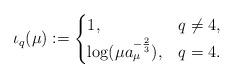
LaTeX: \begin{align*}\iota_q(\mu):=\begin{cases}1, & q \neq 4, \\ \log (\mu a_\mu^{-\frac 23}), & q = 4. \end{cases}\end{align*}